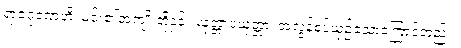
ရာဇဂုဏေဟိ၊ မင်း၏အကျိုးတို့နှင့်။ ယုတ္တာပယုတ္တာ၊ အလွန်စပ်ယှဉ်သောကြောင့်တည်း။